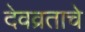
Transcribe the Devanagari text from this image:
देवव्रताचे